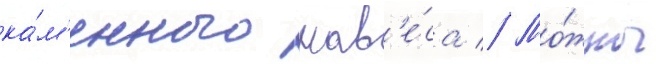
ка́м'енного нав'е́са // Мо́жно